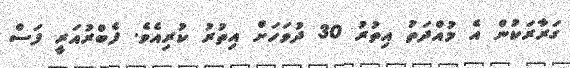
ގަރާރަކުން އެ މުއްދަތު އިތުރު 30 ދުވަހަށް އިތުރު ކުރިއެވެ. ފެބްރުއަރީ ފަސް